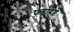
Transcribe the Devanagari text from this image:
फराहने